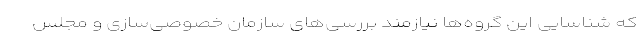
که شناسایی این گروه‌ها نیازمند بررسی‌های سازمان خصوصی‌سازی و مجلس